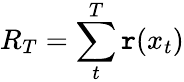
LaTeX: R_{T}=\sum_{t}^{T}\mathtt{r}(x_{t})